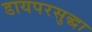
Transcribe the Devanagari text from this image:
डायपरसुद्धा